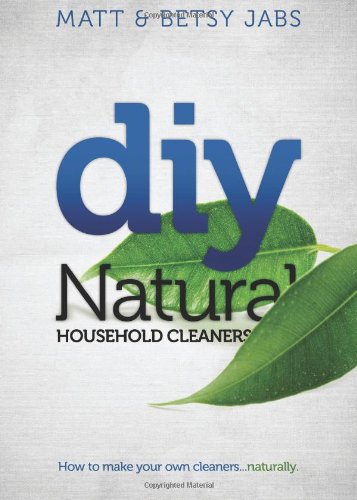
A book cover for DIY Natural Household Cleaners: How To Make Your Own Cleaners Naturally.; Matt Jabs; Crafts, Hobbies & Home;